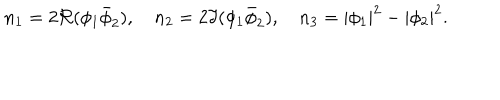
n _ { 1 } = 2 \Re ( \phi _ { 1 } \bar { \phi } _ { 2 } ) , \quad n _ { 2 } = 2 \Im ( \phi _ { 1 } \bar { \phi } _ { 2 } ) , \quad n _ { 3 } = | \phi _ { 1 } | ^ { 2 } - | \phi _ { 2 } | ^ { 2 } .